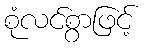
စုံလင်စွာဖြင့်